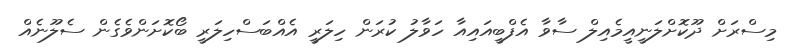
މިސްރަށް ދޫކޮށްލަނީއީމެއިލް ސާވާ އެފްބީއައިއާ ހަވާލު ކުރަން ހިލަރީ އެއްބަސްހިލަރީ ބޯކޮށަންވެގެން ސެލޫނެއް